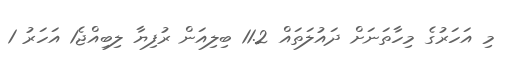
މި އަހަރުގެ މިހާތަނަށް ދައުލަތައް 11.2 ބިލިއަން ރުފިޔާ ލިބިއްޖެ1 އަހަރު 1